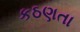
કઠણતા